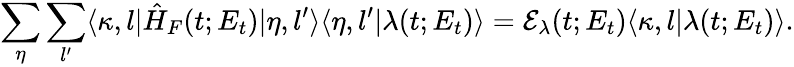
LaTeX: \sum_{\eta}\sum_{l^{\prime}}\langle\kappa,l|\hat{H}_{F}(t;E_{t})|\eta,l^{\prime}\rangle\langle\eta,l^{\prime}|\lambda(t;E_{t})\rangle=\mathcal{E}_{\lambda}(t;E_{t})\langle\kappa,l|\lambda(t;E_{t})\rangle.